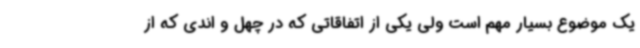
یک موضوع بسیار مهم است ولی یکی از اتفاقاتی که در چهل و اندی که از